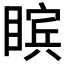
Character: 𪾸